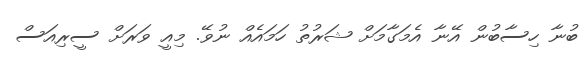
ބުނާ ހިސާބުން އޭނާ އެމަގާމަށް ޝަރުތު ހަމައެއް ނުވޭ. މިއީ ވަރަށް ސީރިއަސް